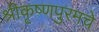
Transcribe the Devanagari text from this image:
श्रीकृष्णपुरमचे